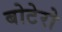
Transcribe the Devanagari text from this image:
बोटेरो